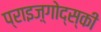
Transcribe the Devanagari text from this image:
प्राइज़्गोद्स्की